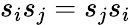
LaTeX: s_{i}s_{j}=s_{j}s_{i}